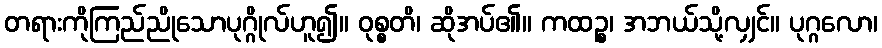
တရားကိုကြည်ညိုသောပုဂ္ဂိုလ်ဟူ၍။ ဝုစ္စတိ၊ ဆိုအပ်၏။ ကထဉ္စ၊ အဘယ်သို့လျှင်။ ပုဂ္ဂလော၊